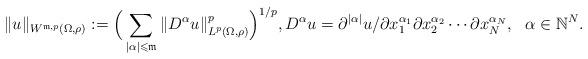
LaTeX: \begin{align*}\|u\|_{W^{\mathfrak{m},p}(\Omega,\rho)}:=\Big(\sum_{|\alpha|\leqslant \mathfrak{m}}\|D^\alpha u\|^p_{L^p(\Omega,\rho)}\Big)^{1/p},D^\alpha u=\partial^{|\alpha|}u/\partial x_1^{\alpha_1}\partial x_2^{\alpha_2}\cdots \partial x_N^{\alpha_N},\ \ \alpha\in\mathbb{N}^N.\end{align*}